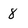
Character: 8